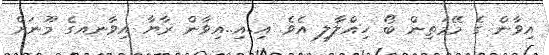
އިވާން ގެ މޭމަތިން ބޯ ހިއްލާލި އެވެ. އި..އި..އިވާން ރާޔާ އިވާނއގެ މޫނަށް